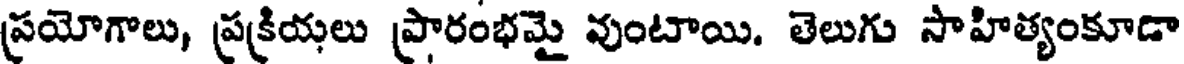
ప్రయోగాలు, ప్రక్రియలు ప్రారంభమై వుంటాయి. తెలుగు సాహిత్యంకూడా